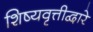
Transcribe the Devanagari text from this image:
शिष्यवृत्तीद्वारे